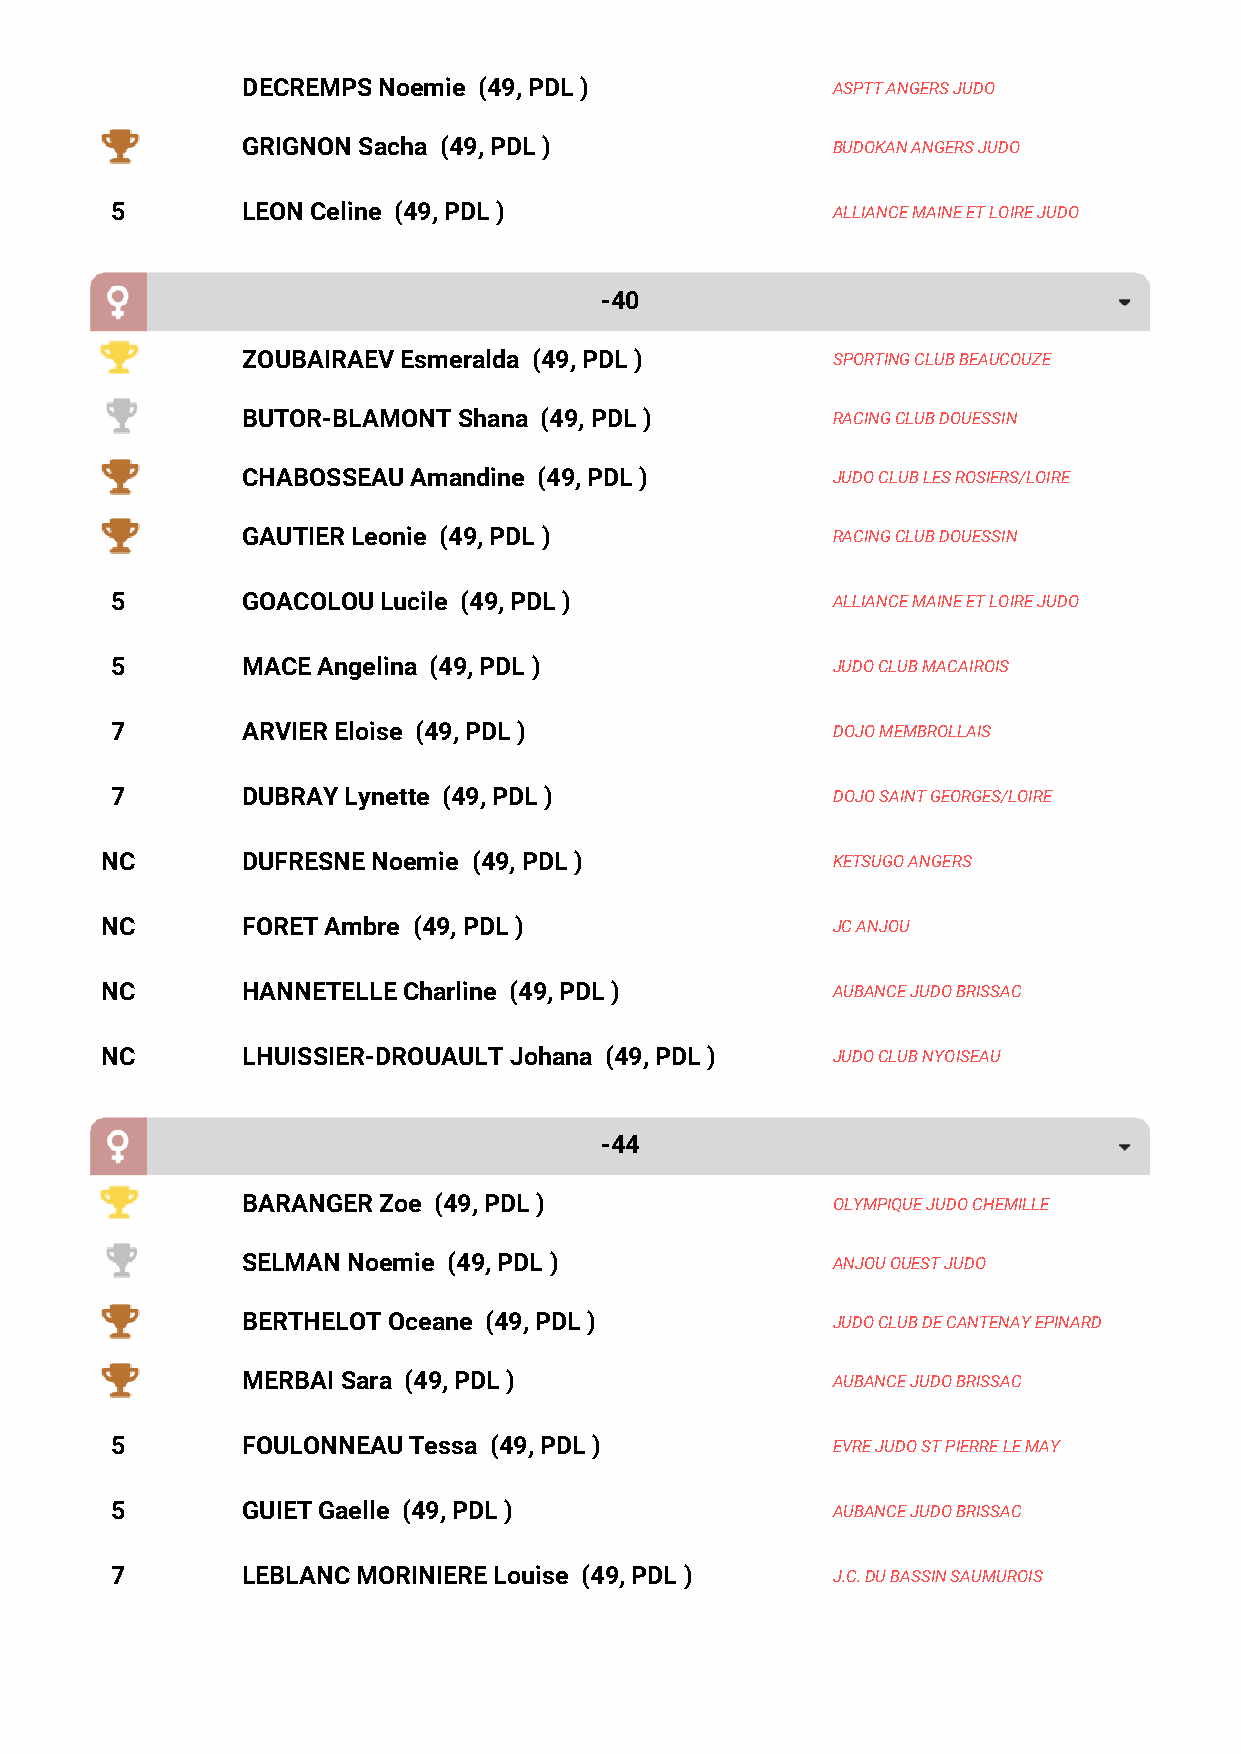
DECREMPS Noemie (49, PDL )             ASPTT ANGERS JUDO
 GRIGNON Sacha (49, PDL )               BUDOKAN ANGERS JUDO
 5        LEON Celine (49, PDL )                 ALLIANCE MAINE ET LOIRE JUDO
 -40
 ZOUBAIRAEV Esmeralda (49, PDL )        SPORTING CLUB BEAUCOUZE
 BUTOR-BLAMONT Shana (49, PDL )         RACING CLUB DOUESSIN
 CHABOSSEAU Amandine (49, PDL )         JUDO CLUB LES ROSIERS/LOIRE
 GAUTIER Leonie (49, PDL )              RACING CLUB DOUESSIN
 5        GOACOLOU Lucile (49, PDL )             ALLIANCE MAINE ET LOIRE JUDO
 5        MACE Angelina (49, PDL )               JUDO CLUB MACAIROIS
 7        ARVIER Eloise (49, PDL )               DOJO MEMBROLLAIS
 7        DUBRAY Lynette (49, PDL )              DOJO SAINT GEORGES/LOIRE
 NC       DUFRESNE Noemie (49, PDL )             KETSUGO ANGERS
 NC       FORET Ambre (49, PDL )                 JC ANJOU
 NC       HANNETELLE Charline (49, PDL )         AUBANCE JUDO BRISSAC
 NC       LHUISSIER-DROUAULT Johana (49, PDL )   JUDO CLUB NYOISEAU
 -44
 BARANGER Zoe (49, PDL )                OLYMPIQUE JUDO CHEMILLE
 SELMAN Noemie (49, PDL )               ANJOU OUEST JUDO
 BERTHELOT Oceane (49, PDL )            JUDO CLUB DE CANTENAY EPINARD
 MERBAI Sara (49, PDL )                 AUBANCE JUDO BRISSAC
 5        FOULONNEAU Tessa (49, PDL )            EVRE JUDO ST PIERRE LE MAY
 5        GUIET Gaelle (49, PDL )                AUBANCE JUDO BRISSAC
 7        LEBLANC MORINIERE Louise (49, PDL )    J.C. DU BASSIN SAUMUROIS